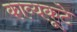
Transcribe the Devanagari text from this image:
काव्यकूटे